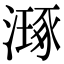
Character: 𣽗